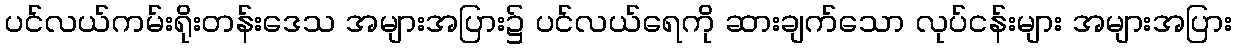
ပင်လယ်ကမ်းရိုးတန်းဒေသ အများအပြား၌ ပင်လယ်ရေကို ဆားချက်သော လုပ်ငန်းများ အများအပြား